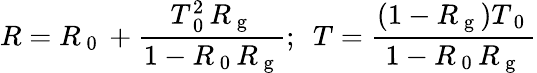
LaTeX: R=R_{\mathrm{~0~}}+\frac{T_{\mathrm{~0~}}^{2}R_{\mathrm{~g~}}}{1-R_{\mathrm{~0~}}R_{\mathrm{~g~}}};\, \, \, T=\frac{(1-R_{\mathrm{~g~}})T_{\mathrm{~0~}}}{1-R_{\mathrm{~0~}}R_{\mathrm{~g~}}}